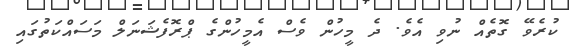
ކުރެވޭ ގޮތެއް ނުވި އެވެ. ދެ މީހުން ވެސް އެމީހުންގެ ޕްރޮފެޝަނަލް މަސައްކަތުގައި